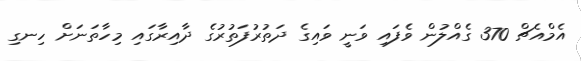
އެމްއެޗް 370 ގެއްލުން ވެފައި ވަނީ ވައިގެ ދަތުރުފަތުރުގެ ދާއިރާގައި މިހާތަނަށް ހިނގި